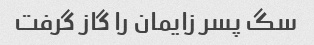
سگ پسر زایمان را گاز گرفت